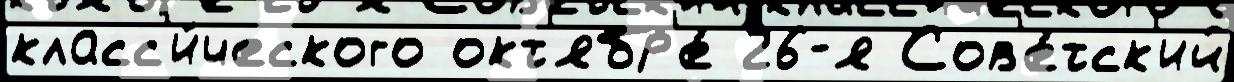
класс'и́ческого окт'ябр'е́ 26-я Сов'е́тск'ий